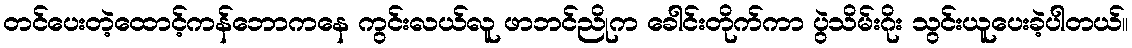
တင်ပေးတဲ့ထောင့်ကန်ဘောကနေ ကွင်းလယ်လူ ဖာဘင်ညိုက ခေါင်းတိုက်ကာ ပွဲသိမ်းဂိုး သွင်းယူပေးခဲ့ပါတယ်။